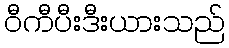
ဝီကီပီးဒီးယားသည်